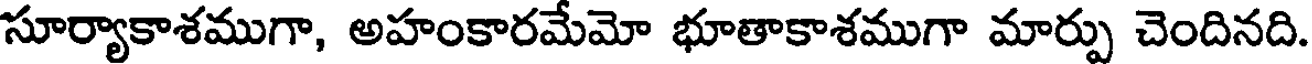
సూర్యాకాశముగా, అహంకారమేమో భూతాకాశముగా మార్పు చెందినది.